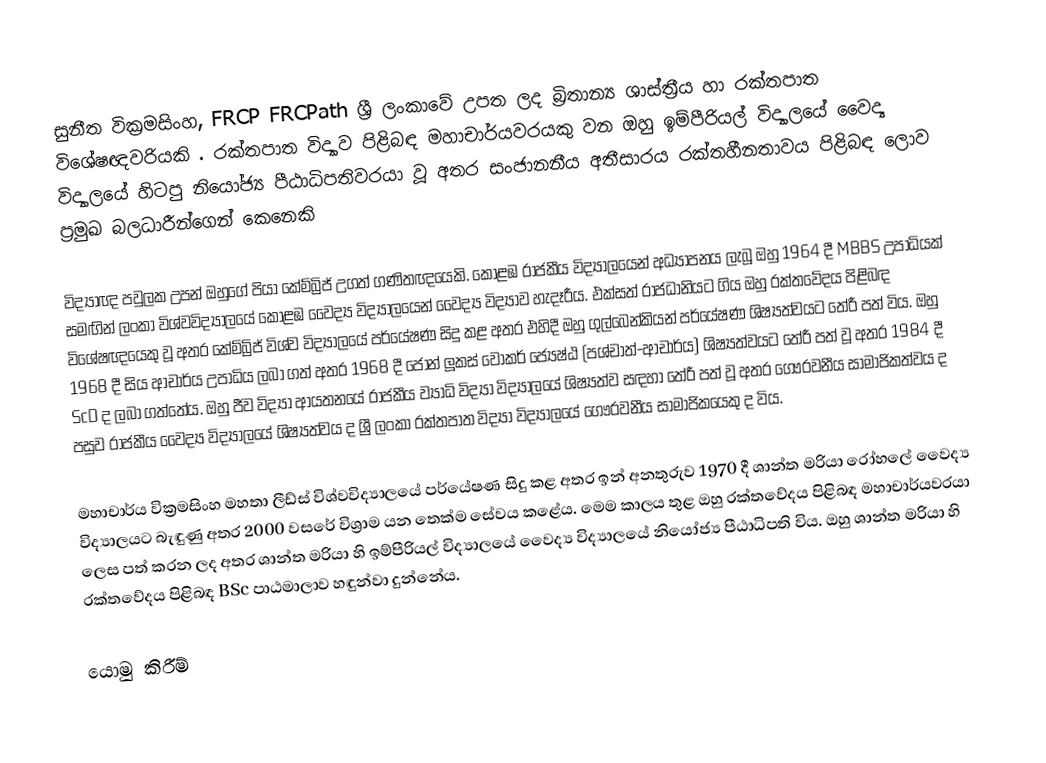
සුනීත වික්‍රමසිංහ, FRCP FRCPath ශ්‍රී ලංකාවේ උපත ලද බ්‍රිතාන්‍ය ශාස්ත්‍රීය හා රක්තපාත විශේෂඥවරියකි . රක්තපාත විද්‍යාව පිළිබඳ මහාචාර්යවරයකු වන ඔහු ඉම්පීරියල් විද්‍යාලයේ වෛද්‍ය විද්‍යාලයේ හිටපු නියෝජ්‍ය පීඨාධිපතිවරයා වූ අතර සංජානනීය අතීසාරය රක්තහීනතාවය පිළිබඳ ලොව ප්‍රමුඛ බලධාරීන්ගෙන් කෙනෙකි

විද්‍යාඥ පවුලක උපන් ඔහුගේ පියා කේම්බ්‍රිජ් උගත් ගණිතඥයෙකි. කොළඹ රාජකීය විද්‍යාලයෙන් අධ්‍යාපනය ලැබූ ඔහු 1964 දී MBBS උපාධියක් සමඟින් ලංකා විශ්වවිද්‍යාලයේ කොළඹ වෛද්‍ය විද්‍යාලයෙන් වෛද්‍ය විද්‍යාව හැදෑරීය. එක්සත් රාජධානියට ගිය ඔහු රක්තවේදය පිළිබඳ විශේෂඥයෙකු වූ අතර කේම්බ්‍රිජ් විශ්ව විද්‍යාලයේ පර්යේෂණ සිදු කළ අතර එහිදී ඔහු ගුල්බෙන්කියන් පර්යේෂණ ශිෂ්‍යත්වයට තේරී පත් විය. ඔහු 1968 දී සිය ආචාර්ය උපාධිය ලබා ගත් අතර 1968 දී ජෝන් ලූකස් වෝකර් ජ්‍යෙෂ්ඨ (පශ්චාත්-ආචාර්ය) ශිෂ්‍යත්වයට තේරී පත් වූ අතර 1984 දී ScD ද ලබා ගත්තේය. ඔහු ජීව විද්‍යා ආයතනයේ රාජකීය ව්‍යාධි විද්‍යා විද්‍යාලයේ ශිෂ්‍යත්ව සඳහා තේරී පත් වූ අතර ගෞරවනීය සාමාජිකත්වය ද පසුව රාජකීය වෛද්‍ය විද්‍යාලයේ ශිෂ්‍යත්වය ද ශ්‍රී ලංකා රක්තපාත විද්‍යා විද්‍යාලයේ ගෞරවනීය සාමාජිකයෙකු ද විය.

මහාචාර්ය වික්‍රමසිංහ මහතා ලීඩ්ස් විශ්වවිද්‍යාලයේ පර්යේෂණ සිදු කළ අතර ඉන් අනතුරුව 1970 දී ශාන්ත මරියා රෝහලේ වෛද්‍ය විද්‍යාලයට බැඳුණු අතර 2000 වසරේ විශ්‍රාම යන තෙක්ම සේවය කළේය. මෙම කාලය තුළ ඔහු රක්තවේදය පිළිබඳ මහාචාර්යවරයා ලෙස පත් කරන ලද අතර ශාන්ත මරියා හි ඉම්පීරියල් විද්‍යාලයේ වෛද්‍ය විද්‍යාලයේ නියෝජ්‍ය පීඨාධිපති විය. ඔහු ශාන්ත මරියා හි රක්තවේදය පිළිබඳ BSc පාඨමාලාව හඳුන්වා දුන්නේය.

යොමු කිරීම්